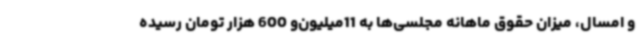
و امسال، میزان حقوق ماهانه مجلسی‌ها به 11میلیون‌و 600 هزار تومان رسیده